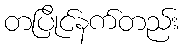
တပြိုင်နက်တည်း